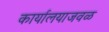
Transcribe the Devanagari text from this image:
कार्यालयाजवळ